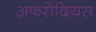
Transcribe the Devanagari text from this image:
अफरोदियस